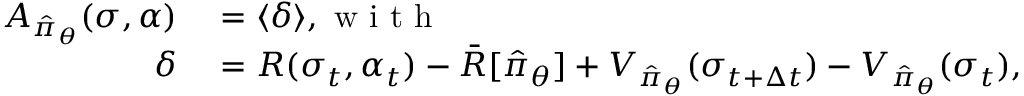
\begin{array} { r l } { A _ { \hat { \pi } _ { \boldsymbol { \theta } } } ( \sigma , \alpha ) } & { { } = \langle \delta \rangle , \mathrm { ~ w ~ i ~ t ~ h ~ } } \\ { \delta } & { { } = R ( \sigma _ { t } , \alpha _ { t } ) - \bar { R } [ \hat { \pi } _ { \boldsymbol { \theta } } ] + V _ { \hat { \pi } _ { \boldsymbol { \theta } } } ( \sigma _ { t + \Delta t } ) - V _ { \hat { \pi } _ { \boldsymbol { \theta } } } ( \sigma _ { t } ) , } \end{array}